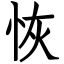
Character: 恢